Document type: Sale
Year: 1275
Scribe: Salvador de Baiona
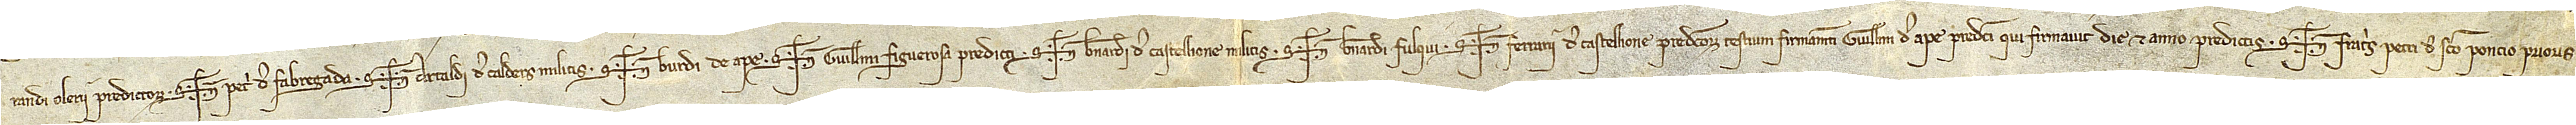
randi Olerii, predictorum. Sig+num Petri de Fabregada, Sig+num Arnaldi de Calders, militis, Sig+num Burdi de Ape, Sig+num Guillelmi Figuerosa, predicti, Sig+num Bernardi de Castellione, militis, Sig+num Bernardi Fulqui, Sig+num Ferrarii de Castellione, predictorum, testium firmamenti Guillelmi de Ape, predicti, qui firmavit die et anno predictis. Sig+num fratris Petri de Sancto Poncio, prioris